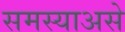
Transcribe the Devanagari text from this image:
समस्याअसे